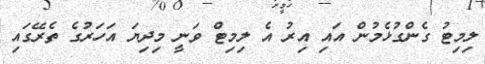
ލިމިޓު ގެންގުޅެމުން އައި އިރު އެ ލިމިޓް ވަނީ މިދިޔަ އަހަރުގެ ތެރޭގައި